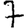
Digit: 7